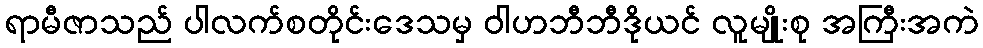
ရာမီဇာသည် ပါလက်စတိုင်းဒေသမှ ဝါဟဘီဘီဒိုယင် လူမျိုးစု အကြီးအကဲ